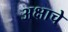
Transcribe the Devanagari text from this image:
अक्षाचे